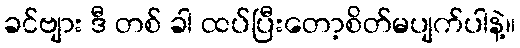
ခင်ဗျား ဒီ တစ် ခါ ထပ်ပြီးတော့စိတ်မပျက်ပါနဲ့။